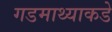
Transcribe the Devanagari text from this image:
गडमाथ्याकडे